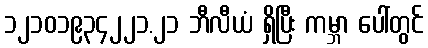
၁၂၁၀၁၉၃၄၂၂၁.၂၁ ဘီလီယံ ရှိပြီး ကမ္ဘာ ပေါ်တွင်